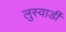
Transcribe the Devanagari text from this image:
लुस्वार्डी